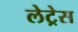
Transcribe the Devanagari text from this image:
लेट्रेस